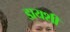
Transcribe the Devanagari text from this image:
डायशी